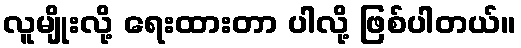
လူမျိုးလို့ ရေးထားတာ ပါလို့ ဖြစ်ပါတယ်။